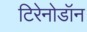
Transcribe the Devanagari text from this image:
टिरेनोडॉन